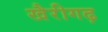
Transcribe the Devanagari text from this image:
खैरीगढ़